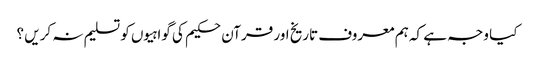
کیا وجہ ہے کہ ہم معروف تاریخ اور قرآن حکیم کی گواہیوں کو تسلیم نہ کریں ؟